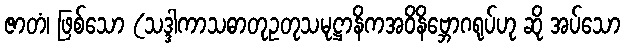
ဇာတံ၊ ဖြစ်သော (သဒ္ဒါကာသဓာတုဥတုသမုဋ္ဌာနိကအဝိနိဗ္ဘောဂရုပ်ဟု ဆို အပ်သော